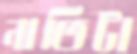
নাতিটা